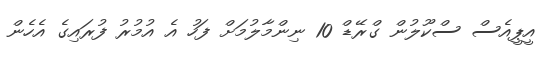
އީޕީއެސް ސްކޫލުން ގްރޭޑް 10 ނިންމާލުމަށް ފަހު އެ އުމުރު ފުރައިގެ އެހެން